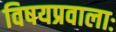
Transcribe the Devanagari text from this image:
विषयप्रवालाः